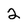
Character: 2